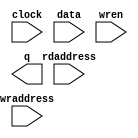
// megafunction wizard: %RAM: 2-PORT%VBB%
// GENERATION: STANDARD
// VERSION: WM1.0
// MODULE: altsyncram 

// ============================================================
// Megafunction Name(s):
// 			altsyncram
//
// Simulation Library Files(s):
// 			altera_mf
// ============================================================
// ************************************************************
// THIS IS A WIZARD-GENERATED FILE. DO NOT EDIT THIS FILE!
//
// 13.0.1 Build 232 06/12/2013 SP 1 SJ Full Version
// ************************************************************

//Copyright (C) 1991-2013 Altera Corporation
//Your use of Altera Corporation's design tools, logic functions 
//and other software and tools, and its AMPP partner logic 
//functions, and any output files from any of the foregoing 
//(including device programming or simulation files), and any 
//associated documentation or information are expressly subject 
//to the terms and conditions of the Altera Program License 
//Subscription Agreement, Altera MegaCore Function License 
//Agreement, or other applicable license agreement, including, 
//without limitation, that your use is for the sole purpose of 
//programming logic devices manufactured by Altera and sold by 
//Altera or its authorized distributors.  Please refer to the 
//applicable agreement for further details.

module gram (
	clock,
	data,
	rdaddress,
	wraddress,
	wren,
	q);

	input	  clock;
	input	[6:0]  data;
	input	[11:0]  rdaddress;
	input	[11:0]  wraddress;
	input	  wren;
	output	[6:0]  q;
`ifndef ALTERA_RESERVED_QIS
// synopsys translate_off
`endif
	tri1	  clock;
	tri0	  wren;
`ifndef ALTERA_RESERVED_QIS
// synopsys translate_on
`endif

endmodule

// ============================================================
// CNX file retrieval info
// ============================================================
// Retrieval info: PRIVATE: ADDRESSSTALL_A NUMERIC "0"
// Retrieval info: PRIVATE: ADDRESSSTALL_B NUMERIC "0"
// Retrieval info: PRIVATE: BYTEENA_ACLR_A NUMERIC "0"
// Retrieval info: PRIVATE: BYTEENA_ACLR_B NUMERIC "0"
// Retrieval info: PRIVATE: BYTE_ENABLE_A NUMERIC "0"
// Retrieval info: PRIVATE: BYTE_ENABLE_B NUMERIC "0"
// Retrieval info: PRIVATE: BYTE_SIZE NUMERIC "1"
// Retrieval info: PRIVATE: BlankMemory NUMERIC "0"
// Retrieval info: PRIVATE: CLOCK_ENABLE_INPUT_A NUMERIC "0"
// Retrieval info: PRIVATE: CLOCK_ENABLE_INPUT_B NUMERIC "0"
// Retrieval info: PRIVATE: CLOCK_ENABLE_OUTPUT_A NUMERIC "0"
// Retrieval info: PRIVATE: CLOCK_ENABLE_OUTPUT_B NUMERIC "0"
// Retrieval info: PRIVATE: CLRdata NUMERIC "0"
// Retrieval info: PRIVATE: CLRq NUMERIC "0"
// Retrieval info: PRIVATE: CLRrdaddress NUMERIC "0"
// Retrieval info: PRIVATE: CLRrren NUMERIC "0"
// Retrieval info: PRIVATE: CLRwraddress NUMERIC "0"
// Retrieval info: PRIVATE: CLRwren NUMERIC "0"
// Retrieval info: PRIVATE: Clock NUMERIC "0"
// Retrieval info: PRIVATE: Clock_A NUMERIC "0"
// Retrieval info: PRIVATE: Clock_B NUMERIC "0"
// Retrieval info: PRIVATE: IMPLEMENT_IN_LES NUMERIC "1"
// Retrieval info: PRIVATE: INDATA_ACLR_B NUMERIC "0"
// Retrieval info: PRIVATE: INDATA_REG_B NUMERIC "0"
// Retrieval info: PRIVATE: INIT_FILE_LAYOUT STRING "PORT_B"
// Retrieval info: PRIVATE: INIT_TO_SIM_X NUMERIC "0"
// Retrieval info: PRIVATE: INTENDED_DEVICE_FAMILY STRING "Cyclone II"
// Retrieval info: PRIVATE: JTAG_ENABLED NUMERIC "0"
// Retrieval info: PRIVATE: JTAG_ID STRING "NONE"
// Retrieval info: PRIVATE: MAXIMUM_DEPTH NUMERIC "0"
// Retrieval info: PRIVATE: MEMSIZE NUMERIC "16800"
// Retrieval info: PRIVATE: MEM_IN_BITS NUMERIC "0"
// Retrieval info: PRIVATE: MIFfilename STRING "../ip/ram_gram/gram.mif"
// Retrieval info: PRIVATE: OPERATION_MODE NUMERIC "2"
// Retrieval info: PRIVATE: OUTDATA_ACLR_B NUMERIC "0"
// Retrieval info: PRIVATE: OUTDATA_REG_B NUMERIC "1"
// Retrieval info: PRIVATE: RAM_BLOCK_TYPE NUMERIC "0"
// Retrieval info: PRIVATE: READ_DURING_WRITE_MODE_MIXED_PORTS NUMERIC "2"
// Retrieval info: PRIVATE: READ_DURING_WRITE_MODE_PORT_A NUMERIC "3"
// Retrieval info: PRIVATE: READ_DURING_WRITE_MODE_PORT_B NUMERIC "3"
// Retrieval info: PRIVATE: REGdata NUMERIC "1"
// Retrieval info: PRIVATE: REGq NUMERIC "1"
// Retrieval info: PRIVATE: REGrdaddress NUMERIC "1"
// Retrieval info: PRIVATE: REGrren NUMERIC "1"
// Retrieval info: PRIVATE: REGwraddress NUMERIC "1"
// Retrieval info: PRIVATE: REGwren NUMERIC "1"
// Retrieval info: PRIVATE: SYNTH_WRAPPER_GEN_POSTFIX STRING "0"
// Retrieval info: PRIVATE: USE_DIFF_CLKEN NUMERIC "0"
// Retrieval info: PRIVATE: UseDPRAM NUMERIC "1"
// Retrieval info: PRIVATE: VarWidth NUMERIC "0"
// Retrieval info: PRIVATE: WIDTH_READ_A NUMERIC "7"
// Retrieval info: PRIVATE: WIDTH_READ_B NUMERIC "7"
// Retrieval info: PRIVATE: WIDTH_WRITE_A NUMERIC "7"
// Retrieval info: PRIVATE: WIDTH_WRITE_B NUMERIC "7"
// Retrieval info: PRIVATE: WRADDR_ACLR_B NUMERIC "0"
// Retrieval info: PRIVATE: WRADDR_REG_B NUMERIC "0"
// Retrieval info: PRIVATE: WRCTRL_ACLR_B NUMERIC "0"
// Retrieval info: PRIVATE: enable NUMERIC "0"
// Retrieval info: PRIVATE: rden NUMERIC "0"
// Retrieval info: LIBRARY: altera_mf altera_mf.altera_mf_components.all
// Retrieval info: CONSTANT: ADDRESS_REG_B STRING "CLOCK0"
// Retrieval info: CONSTANT: CLOCK_ENABLE_INPUT_A STRING "BYPASS"
// Retrieval info: CONSTANT: CLOCK_ENABLE_INPUT_B STRING "BYPASS"
// Retrieval info: CONSTANT: CLOCK_ENABLE_OUTPUT_A STRING "BYPASS"
// Retrieval info: CONSTANT: CLOCK_ENABLE_OUTPUT_B STRING "BYPASS"
// Retrieval info: CONSTANT: INIT_FILE STRING "../ip/ram_gram/gram.mif"
// Retrieval info: CONSTANT: INTENDED_DEVICE_FAMILY STRING "Cyclone II"
// Retrieval info: CONSTANT: LPM_TYPE STRING "altsyncram"
// Retrieval info: CONSTANT: NUMWORDS_A NUMERIC "2400"
// Retrieval info: CONSTANT: NUMWORDS_B NUMERIC "2400"
// Retrieval info: CONSTANT: OPERATION_MODE STRING "DUAL_PORT"
// Retrieval info: CONSTANT: OUTDATA_ACLR_B STRING "NONE"
// Retrieval info: CONSTANT: OUTDATA_REG_B STRING "CLOCK0"
// Retrieval info: CONSTANT: POWER_UP_UNINITIALIZED STRING "FALSE"
// Retrieval info: CONSTANT: READ_DURING_WRITE_MODE_MIXED_PORTS STRING "DONT_CARE"
// Retrieval info: CONSTANT: WIDTHAD_A NUMERIC "12"
// Retrieval info: CONSTANT: WIDTHAD_B NUMERIC "12"
// Retrieval info: CONSTANT: WIDTH_A NUMERIC "7"
// Retrieval info: CONSTANT: WIDTH_B NUMERIC "7"
// Retrieval info: CONSTANT: WIDTH_BYTEENA_A NUMERIC "1"
// Retrieval info: USED_PORT: clock 0 0 0 0 INPUT VCC "clock"
// Retrieval info: USED_PORT: data 0 0 7 0 INPUT NODEFVAL "data[6..0]"
// Retrieval info: USED_PORT: q 0 0 7 0 OUTPUT NODEFVAL "q[6..0]"
// Retrieval info: USED_PORT: rdaddress 0 0 12 0 INPUT NODEFVAL "rdaddress[11..0]"
// Retrieval info: USED_PORT: wraddress 0 0 12 0 INPUT NODEFVAL "wraddress[11..0]"
// Retrieval info: USED_PORT: wren 0 0 0 0 INPUT GND "wren"
// Retrieval info: CONNECT: @address_a 0 0 12 0 wraddress 0 0 12 0
// Retrieval info: CONNECT: @address_b 0 0 12 0 rdaddress 0 0 12 0
// Retrieval info: CONNECT: @clock0 0 0 0 0 clock 0 0 0 0
// Retrieval info: CONNECT: @data_a 0 0 7 0 data 0 0 7 0
// Retrieval info: CONNECT: @wren_a 0 0 0 0 wren 0 0 0 0
// Retrieval info: CONNECT: q 0 0 7 0 @q_b 0 0 7 0
// Retrieval info: GEN_FILE: TYPE_NORMAL gram.v TRUE
// Retrieval info: GEN_FILE: TYPE_NORMAL gram.inc TRUE
// Retrieval info: GEN_FILE: TYPE_NORMAL gram.cmp TRUE
// Retrieval info: GEN_FILE: TYPE_NORMAL gram.bsf TRUE
// Retrieval info: GEN_FILE: TYPE_NORMAL gram_inst.v TRUE
// Retrieval info: GEN_FILE: TYPE_NORMAL gram_bb.v TRUE
// Retrieval info: LIB_FILE: altera_mf